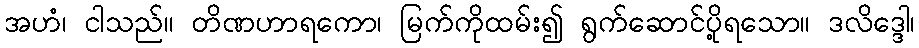
အဟံ၊ ငါသည်။ တိဏဟာရကော၊ မြက်ကိုထမ်း၍ ရွက်ဆောင်ပို့ရသော။ ဒလိဒ္ဒေါ၊